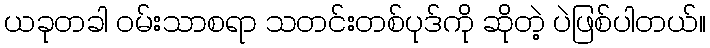
ယခုတခါ ဝမ်းသာစရာ သတင်းတစ်ပုဒ်ကို ဆိုတဲ့ ပဲဖြစ်ပါတယ်။